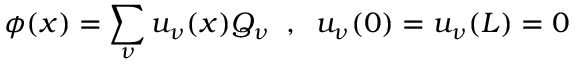
\phi ( x ) = \sum _ { \nu } u _ { \nu } ( x ) Q _ { \nu } \; \; , \; \; u _ { \nu } ( 0 ) = u _ { \nu } ( L ) = 0